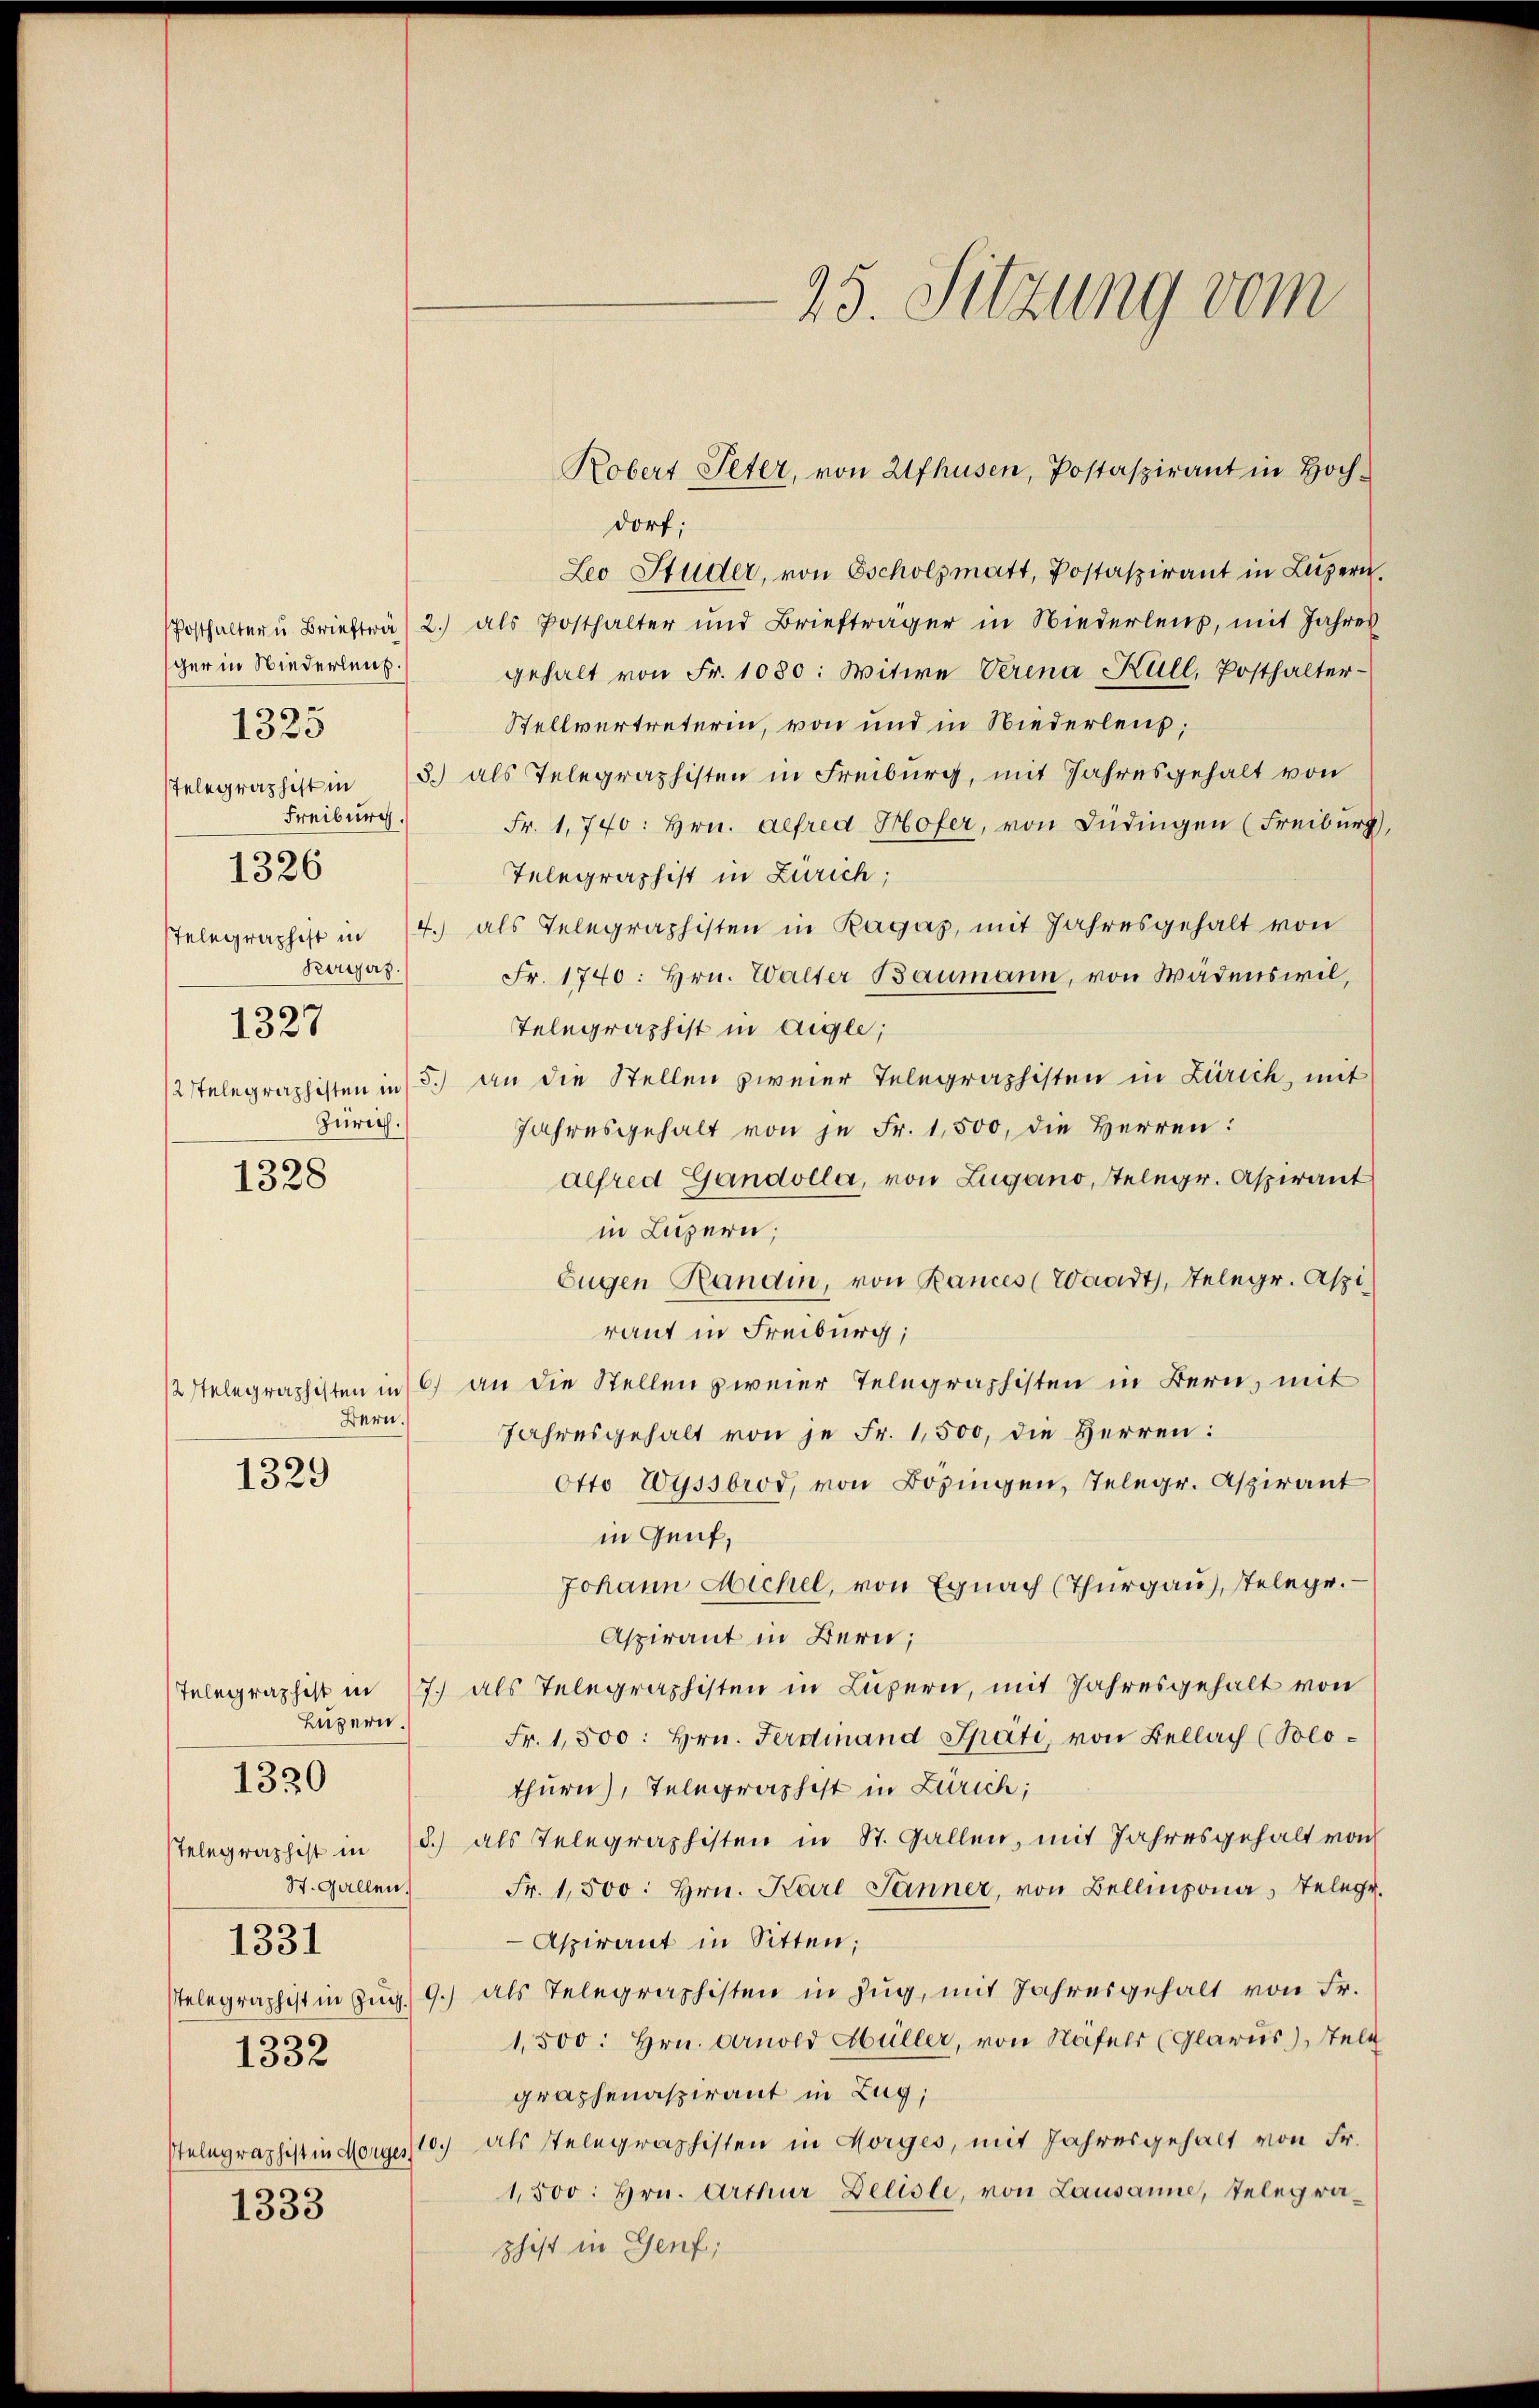
ger in Niederleut.
Freiburg.
Korjez.
1327
Zürich.

1325

1326

1328

Bern.

1329

Luzern.

1320

1331
1332

1333

dorf;
Leo Studer, von Tscholzmatt, Postaspirant in Luzern.
Posthalter u Brieft 2.) als Posthalter und Briefträger in Niederlen, mit Jahres
gehalt von Fr. 1080: Witwe Verena Kull, Posthalter-
Stellvertreterin, von und in Niederleup;
Telegraphist in 15 als Telegraphisten in Freiburg, mit Jahresgehalt von
Fr. 1740: Hrn. Alfred Hofer, von Büdingen (Freiburg,
Telegraphist in Zürich;
sTelegraphist in 4. als Telegraphisten in Ragas, mit Jahresgehalt von
Fr. 1740: Hrn. Walter Baumann, von Wädenswil,
Telegraphist in Aigle,
2 stelegraphisten in 5. an die Stellen zweier Telegraphisten in Zürich, mit
Jahresgehalt von je Fr. 1,500, die Herren:
Alfred Gandolla, von Zugano, stelegr. Aspirant
in Luzern;
Eugen Randin, von Rances (Waadt, Telegr. Aspi
raut in Freiburg;
1 stelegraphisten in 6) an die Stellen zweier Telegraphisten in Bern, mit
Jahresgehalt von je Fr. 1,500, die Herren:
Otto Wyssbrod, von Bozingen, Telegr. Aspirant
in Genf,
Johann Michel, von Egnach (Thurgau, stelege.
Aspirant in Bern;
Telegraphist in 7. als Telegraphisten in Luzern, mit Jahresgehalt von
Fr. 1,500: hrn. Ferdinand Späti, von Bellach (Solo-
thurn), Telegraphist in Zürich;
stelegraphist in d.) als Telegraphisten in St. Gallen, mit Jahresgehalt von
St. Gallen Fr. 1,500. Hrn. Karl Jänner, von Bellinzona, Telege.
Aspirant in Sitten;
stelegraphist in Zug 9.) als Telegraphisten in Zug, mit Jahresgehalt von Fr.
1,500. Hrn. Arnold Hüller, von Näfels (Glarus), Stell
graphenaspirant in Zug;
stelegraphist in Morges 10. als Telegraphisten in Horges, mit Jahresgehalt von Fr.
1,500. Hrn. Arthur Delisli, von Lausanne, Telegraphist in Genf,

25. Sitzung vom

Robert Peter, von 2fhusen, Postaspirant in Hoch-